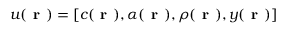
\boldsymbol { u } ( \textbf { r } ) = [ c ( \textbf { r } ) , \alpha ( \textbf { r } ) , \rho ( \textbf { r } ) , y ( \textbf { r } ) ]